Report on sanitation, dispensaries, and jails in Rajputana for 1917, and on vaccination for the year 1917-1918 - 1917-1918
Year: 1917
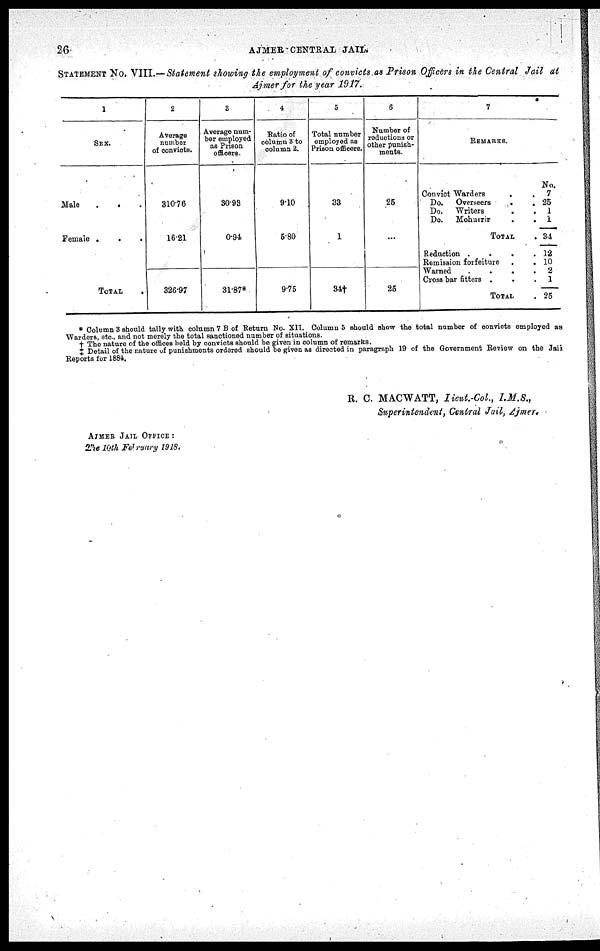
26
AJMER CENTRAL JAIL.
STATEMENT No. VIII.— Statement showing the employment of convicts as Prison Officers in the Central Jail at
Ajmer for the year 1917.
1
SEX.
Male
.
. .
Female . . .
TOTAL .
2
Average
number
of convicts.
310.76
16.21
326.97
3
Average num-
ber employed
as Prison
officers.
30.93
0.94
31.87*
4
Ratio of
column 3 to
column 2.
9.10
5.80
9.75
5
Total number
employed as
Prison officers.
33
1
34†
6
Number of
reductions or
other punish¬
ments.
25
...
25
7
REMARKS.
Convict Warders
.
.
Do.
Overseers
.
.
Do.
Writers
.
.
Do.
Mohurrir . .
TOTAL .
Reduction .
.
.
.
Remission forfeiture
Warned
.
.
.
.
Cross bar fitters .
TOTAL .
No.
7
25
1
1
34
12
10
2
1
25
* Column 3 should tally with column 7 B of Return No. XII. Column 5 should show the total number of convicts employed as
Warders, etc., and not merely the total sanctioned number of situations.
† The nature of the offices held by convicts should be given in column of remarks.
‡ Detail of the nature of punishments ordered should be given as directed in paragraph 19 of the Government Review on the Jail
Reports for 1884.
R. C. MACWATT, Lieut.-Col, I.M.S.,
Superintendent, Central Jail, Ajmer.
AJMER JAIL OFFICE :
The 10th February 1918.